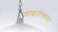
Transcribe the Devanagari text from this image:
फाइटोफ्थोरा